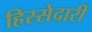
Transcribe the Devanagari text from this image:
हिस्‍सेदारी